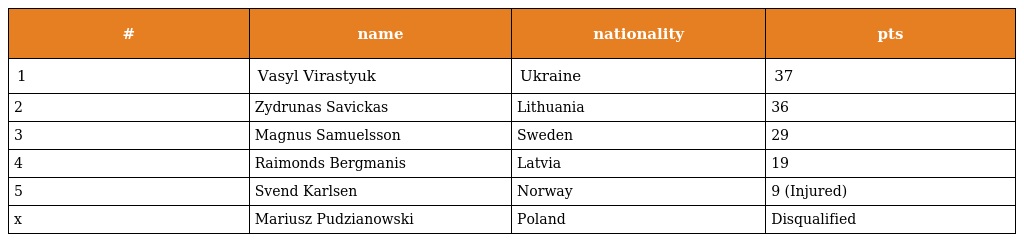
| # | name | nationality | pts |
 | --- | --- | --- | --- |
 | 1 | Vasyl Virastyuk | Ukraine | 37 |
 | 2 | Zydrunas Savickas | Lithuania | 36 |
 | 3 | Magnus Samuelsson | Sweden | 29 |
 | 4 | Raimonds Bergmanis | Latvia | 19 |
 | 5 | Svend Karlsen | Norway | 9 (Injured) |
 | x | Mariusz Pudzianowski | Poland | Disqualified |